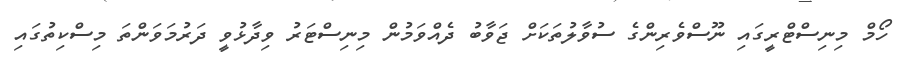
ހޯމް މިނިސްޓްރީގައި ނޫސްވެރިންގެ ސުވާލުތަކަށް ޖަވާބު ދެއްވަމުން މިނިސްޓަރު ވިދާޅުވީ ދަރުމަވަންތަ މިސްކިތުގައި